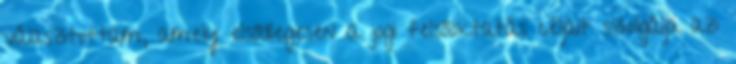
választottam, amely elsődlegesen a jogi felsőoktatás céljait szolgálja az